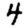
Digit: 4